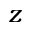
z